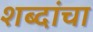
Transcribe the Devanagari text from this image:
शब्दांचा